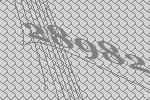
28982